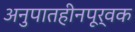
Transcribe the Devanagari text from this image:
अनुपातहीनपूर्वक